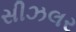
સીઝલર